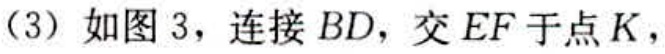
(3) 如图 3，连接 \(BD\)，交 \(EF\) 于点 \(K\)，